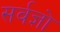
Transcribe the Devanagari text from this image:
सर्वज्ञो